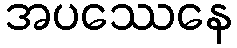
အပဿေနေ